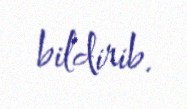
bildirib.